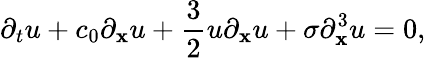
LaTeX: \partial_{t}u+c_{0}\partial_{\mathbf{x}}u+\frac{{3}}{{2}}u\partial_{\mathbf{x}}u+\sigma\partial_{\mathbf{x}}^{3}u=0,